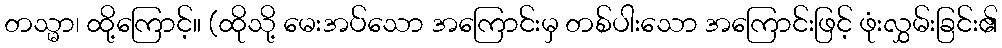
တသ္မာ၊ ထို့ကြောင့်။ (ထိုသို့ မေးအပ်သော အကြောင်းမှ တစ်ပါးသော အကြောင်းဖြင့် ဖုံးလွှမ်းခြင်း၏